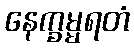
နေက္ခမ္မရတံ